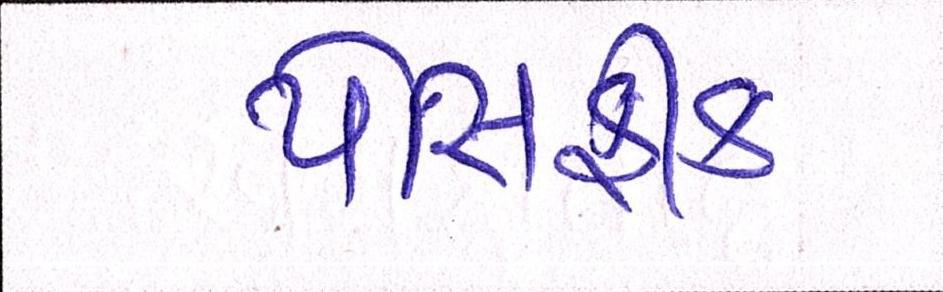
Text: પેસિફીક